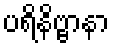
ပရိနိဗ္ဗာနာ